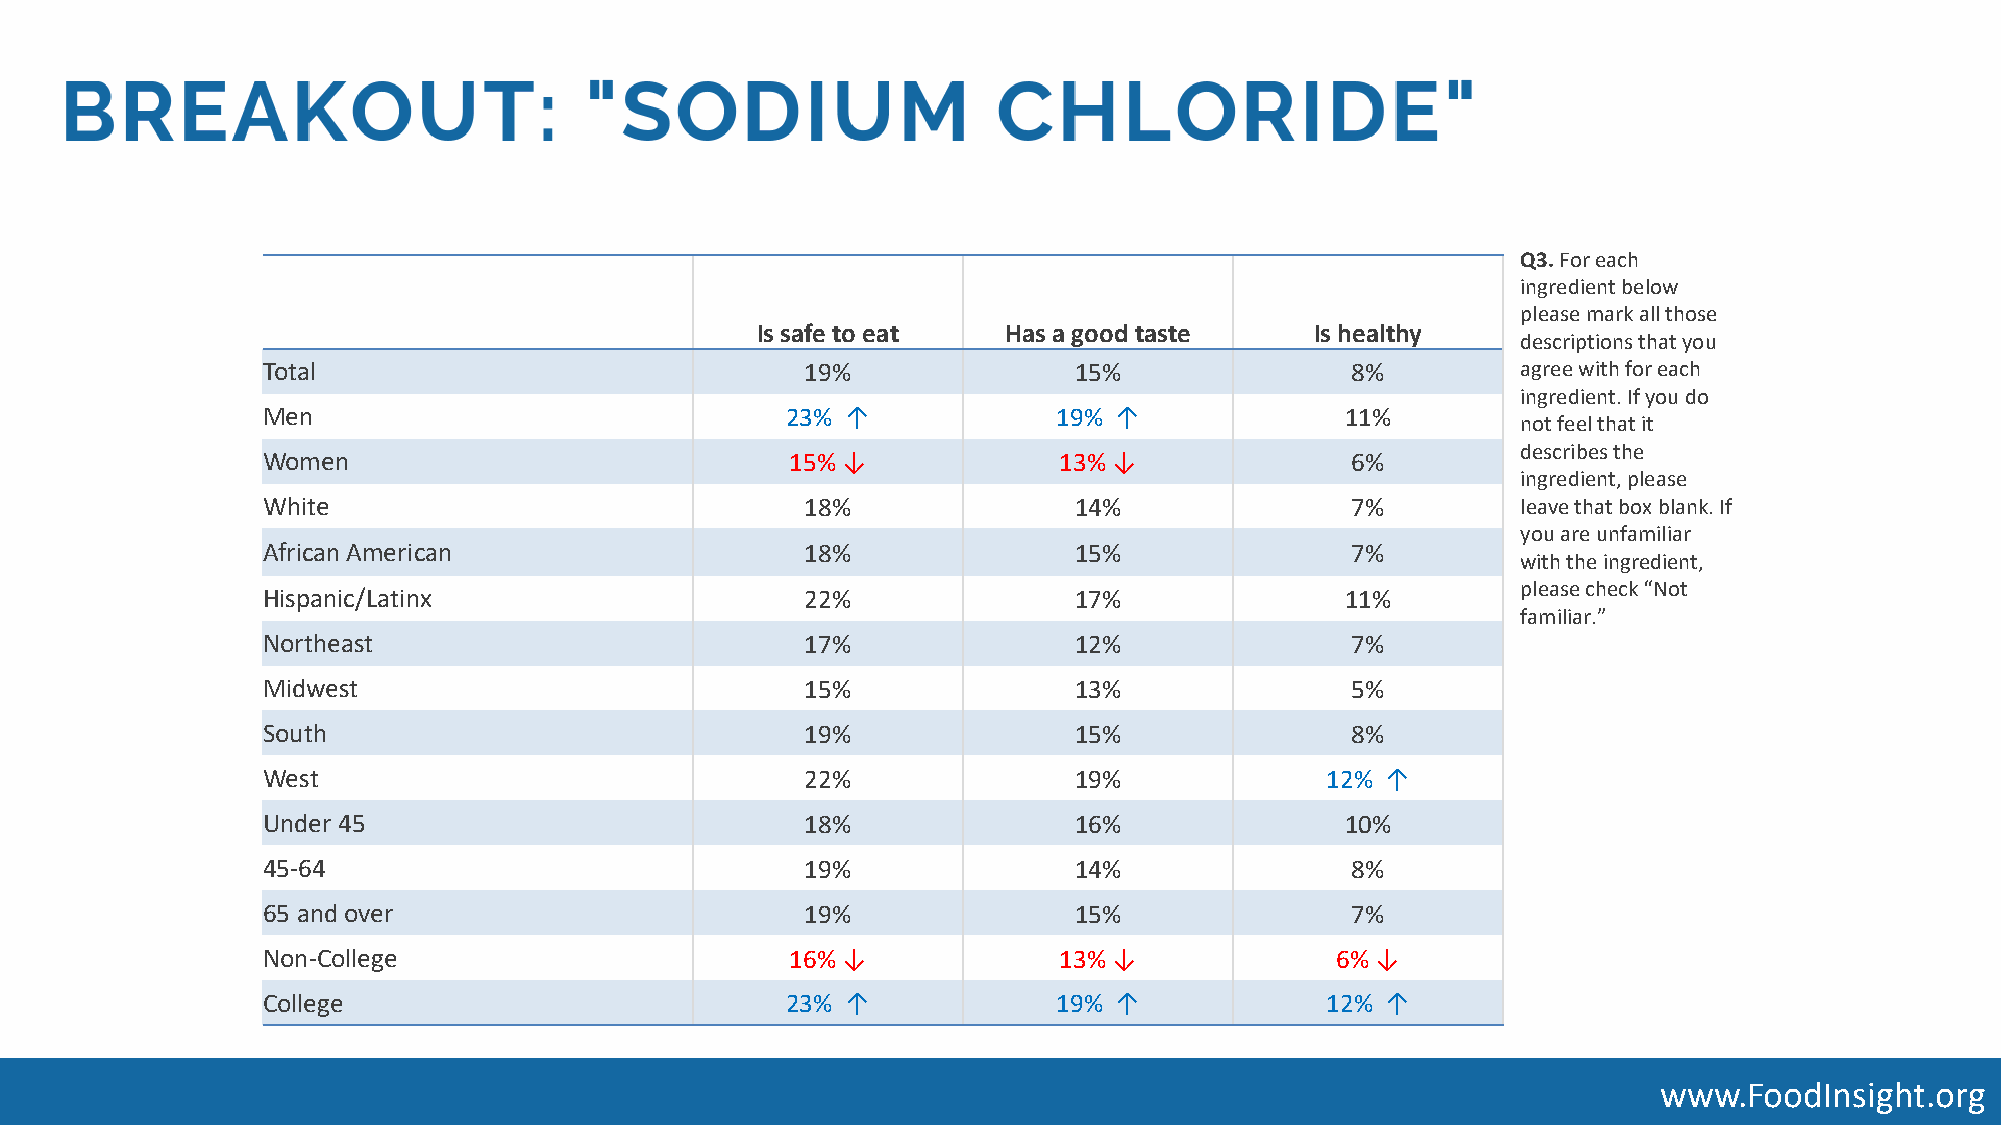
Q3. For each
 ingredient below
 please mark all those
 Is safe to eat   Has a good taste    Is healthy
 descriptions that you
 Total                               19%               15%               8%          agree with for each
 ingredient. If you do
 Men                                23% ↑             19% ↑              11%
 not feel that it
 describes the
 Women                              15%↓              13%↓               6%
 ingredient, please
 White                               18%               14%               7%          leave that box blank. If
 you are unfamiliar
 African American                    18%               15%               7%
 with the ingredient,
 please check “Not
 Hispanic/Latinx                     22%               17%               11%
 familiar.”
 Northeast                           17%               12%               7%
 Midwest                             15%               13%               5%
 South                               19%               15%               8%
 West                                22%               19%              12% ↑
 Under 45                            18%               16%               10%
 45-64                               19%               14%               8%
 65 and over                         19%               15%               7%
 Non-College                        16%↓              13%↓              6%↓
 College                            23% ↑             19% ↑             12% ↑
 www.FoodInsight.org